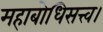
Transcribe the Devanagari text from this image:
महाबोधिसत्त्व।